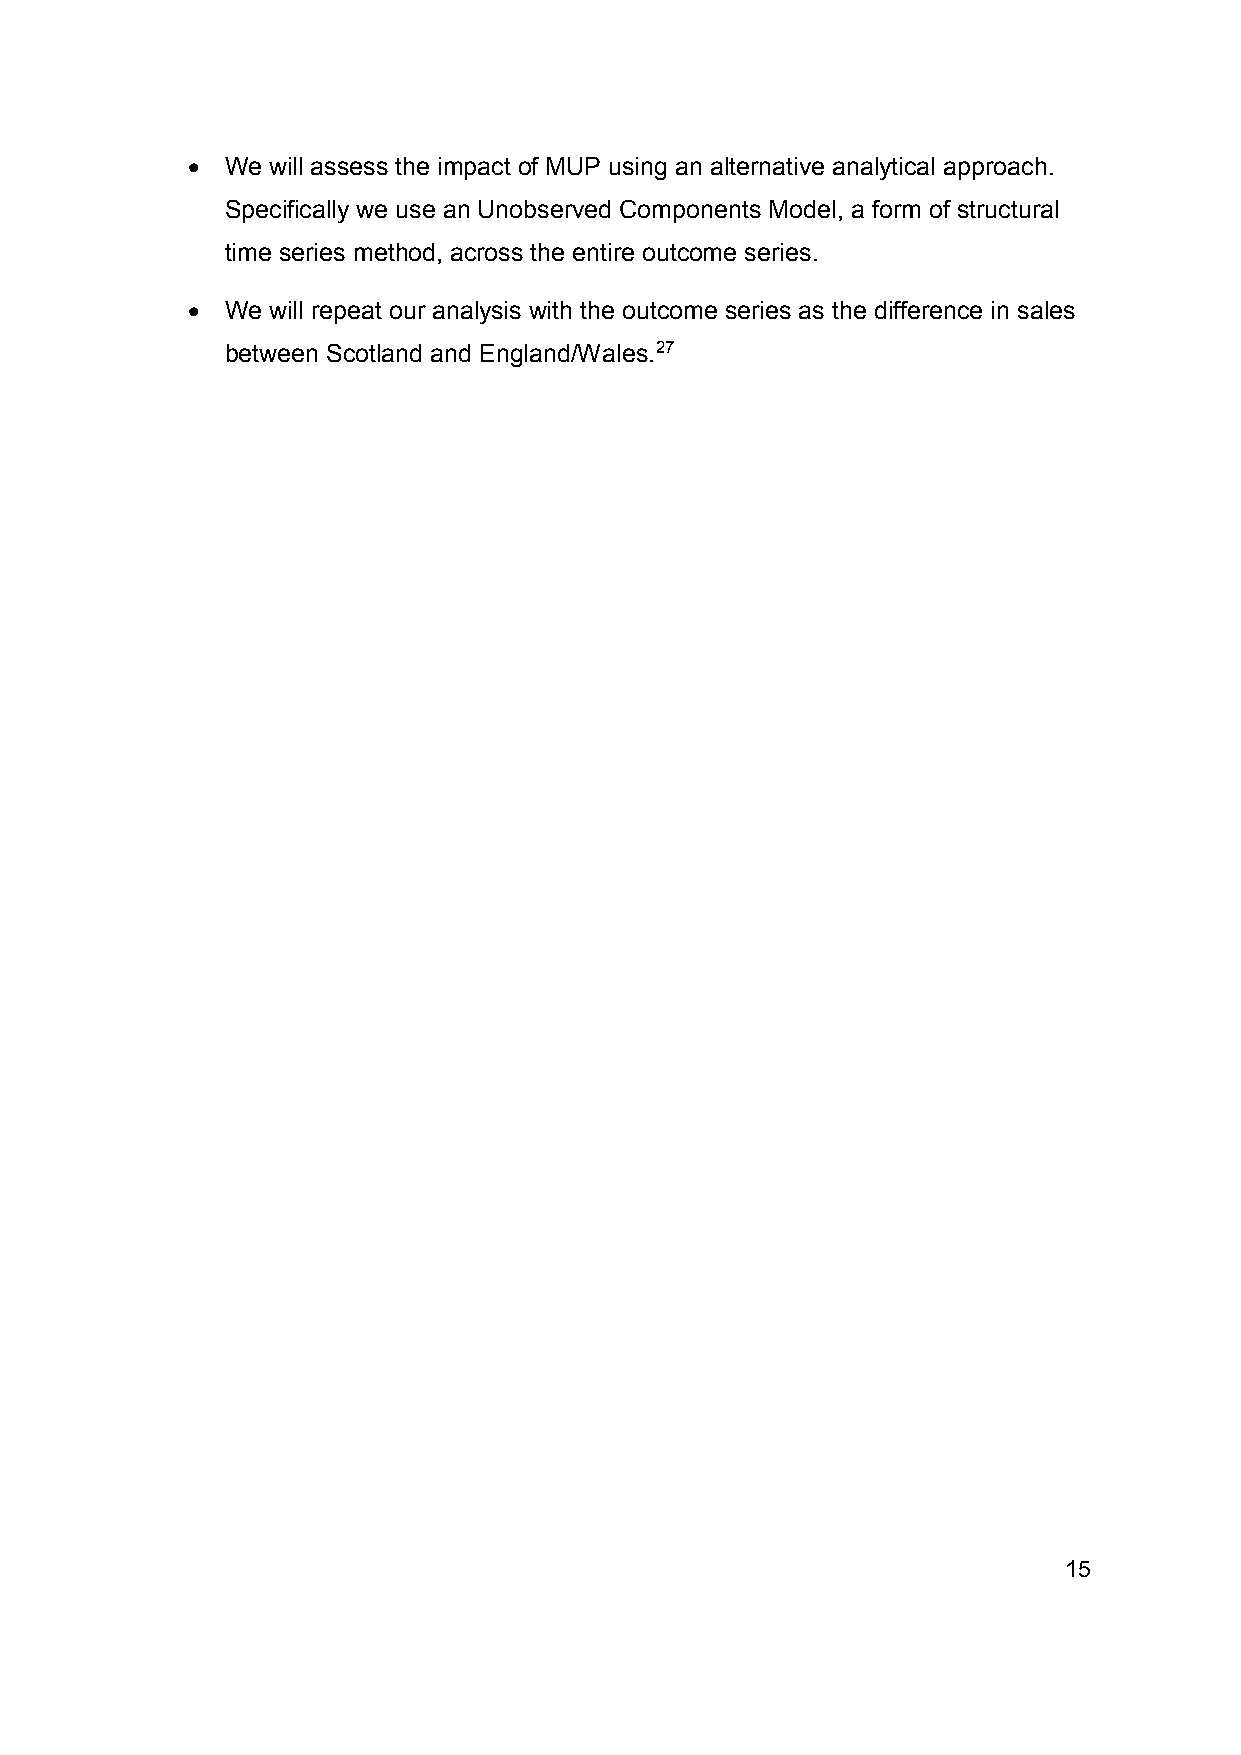
•  We will assess the impact of MUP using an alternative analytical approach.
 Specifically we use an Unobserved Components Model, a form of structural
 time series method, across the entire outcome series.
 •  We will repeat our analysis with the outcome series as the difference in sales
 between Scotland and England/Wales.27
 15